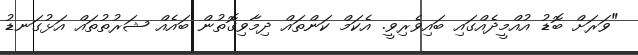
"ވަރަށް ބޮޑު އުއްމީދެއްގައި ބައިވެރިވީ. އެކަމް ކަންތައް ދިމާވިގޮތުން ބައެއް ޝަރުތުތައް އަޅުގަނޑު